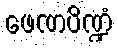
ဖေဏပိဏ္ဍံ